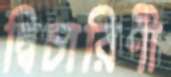
দ্বিচারিণী